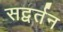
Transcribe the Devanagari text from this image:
सद्वर्तन